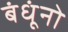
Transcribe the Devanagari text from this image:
बंधूंनो